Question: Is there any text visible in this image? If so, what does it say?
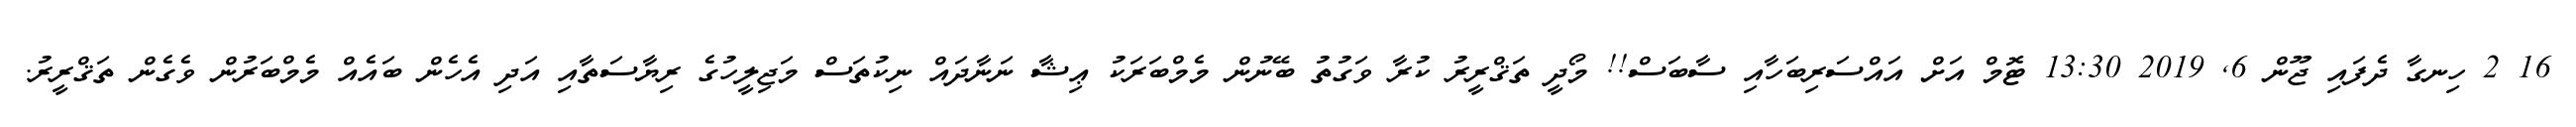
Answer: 16 2 ހިނގާ ދެފައި ޖޫން 6, 2019 13:30 ޓޮމް އަށް އައްސަރިބަހާއި ސާބަސް!! މޯދީ ތަޤްރީރު ކުރާ ވަގުތު ބޭނުން މެމްބަރަކު ޢިޝާ ނަނާދައް ނިކުތަސް މަޖިލީހުގެ ރިޔާސަތާއި އަދި އެހެން ބައެއް މެމްބަރުން ވެގެން ތަޤްރީރު.